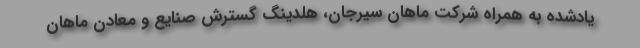
یادشده به همراه شرکت ماهان سیرجان، هلدینگ گسترش صنایع و معادن ماهان